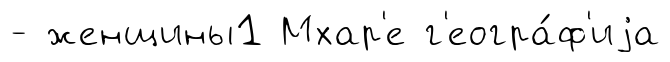
- женщины1 Мхар'е г'еогра́ф'иjа